Regulations for the medical services of the Army of India
Year: 1930
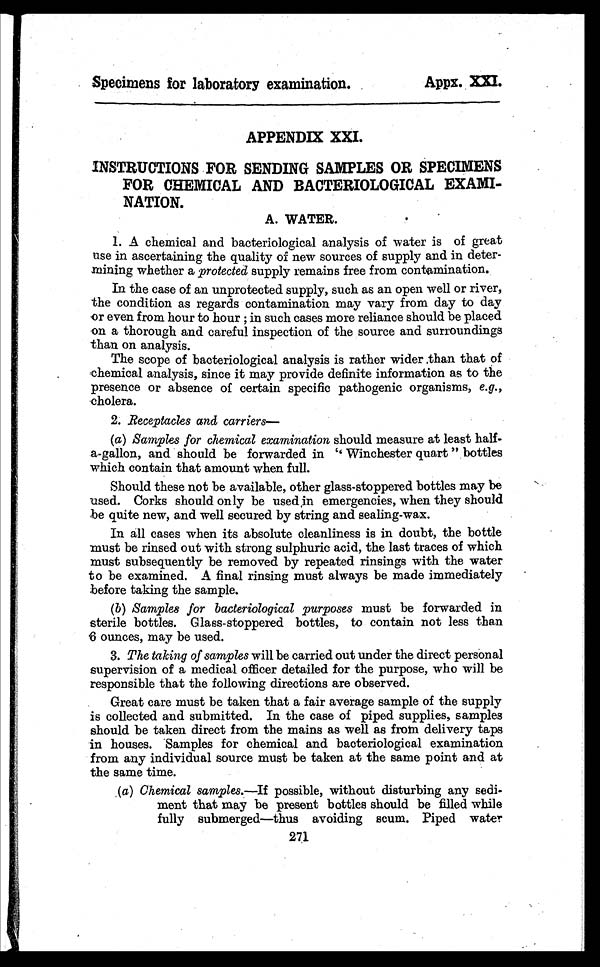
Specimens for laboratory examination.
Appx. XXI.
APPENDIX XXI.
INSTRUCTIONS FOR SENDING SAMPLES OR SPECIMENS
FOR CHEMICAL AND BACTERIOLOGICAL EXAMI-
NATION.
A. WATER.
1. A chemical and bacteriological analysis of water is of great
use in ascertaining the quality of new sources of supply and in deter-
mining whether a protected supply remains free from contamination.
In the case of an unprotected supply, such as an open well or river,
the condition as regards contamination may vary from day to day
or even from hour to hour ; in such cases more reliance should be placed
on a thorough and careful inspection of the source and surroundings
than on analysis.
The scope of bacteriological analysis is rather wider than that of
chemical analysis, since it may provide definite information as to the
presence or absence of certain specific pathogenic organisms, e.g.,
cholera.
2. Receptacles and carriers—
(a) Samples for chemical examination should measure at least half-
- a - g a l l o n , a n d s h o u l d b e f o r w a r d e d i n " W i n c h e s t e r q u a r t " b o t t l e s
which contain that amount when full.
Should these not be available, other glass-stoppered bottles may be
used. Corks should only be used in emergencies, when they should
be quite new, and well secured by string and sealing-wax.
In all cases when its absolute cleanliness is in doubt, the bottle
must be rinsed out with strong sulphuric acid, the last traces of which
must subsequently be removed by repeated rinsings with the water
to be examined. A final rinsing must always be made immediately
before taking the sample.
(b) Samples for bacteriological purposes must be forwarded in
sterile bottles. Glass-stoppered bottles, to contain not less than
6 ounces, may be used.
3. The taking of samples will be carried out under the direct personal
supervision of a medical officer detailed for the purpose, who will be
responsible that the following directions are observed.
Great care must be taken that a fair average sample of the supply
is collected and submitted. In the case of piped supplies, samples
should be taken direct from the mains as well as from delivery taps
in houses. Samples for chemical and bacteriological examination
from any individual source must be taken at the same point and at
the same time.
(a) Chemical samples.—If possible, without disturbing any sedi-
ment that may be present bottles should be filled while
fully submerged—thus avoiding scum. Piped water
271